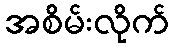
အစိမ်းလိုက်